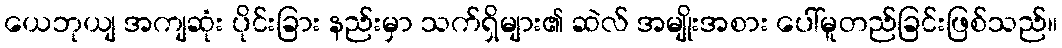
ယေဘုယျ အကျဆုံး ပိုင်းခြား နည်းမှာ သက်ရှိများ၏ ဆဲလ် အမျိုးအစား ပေါ်မူတည်ခြင်းဖြစ်သည်။